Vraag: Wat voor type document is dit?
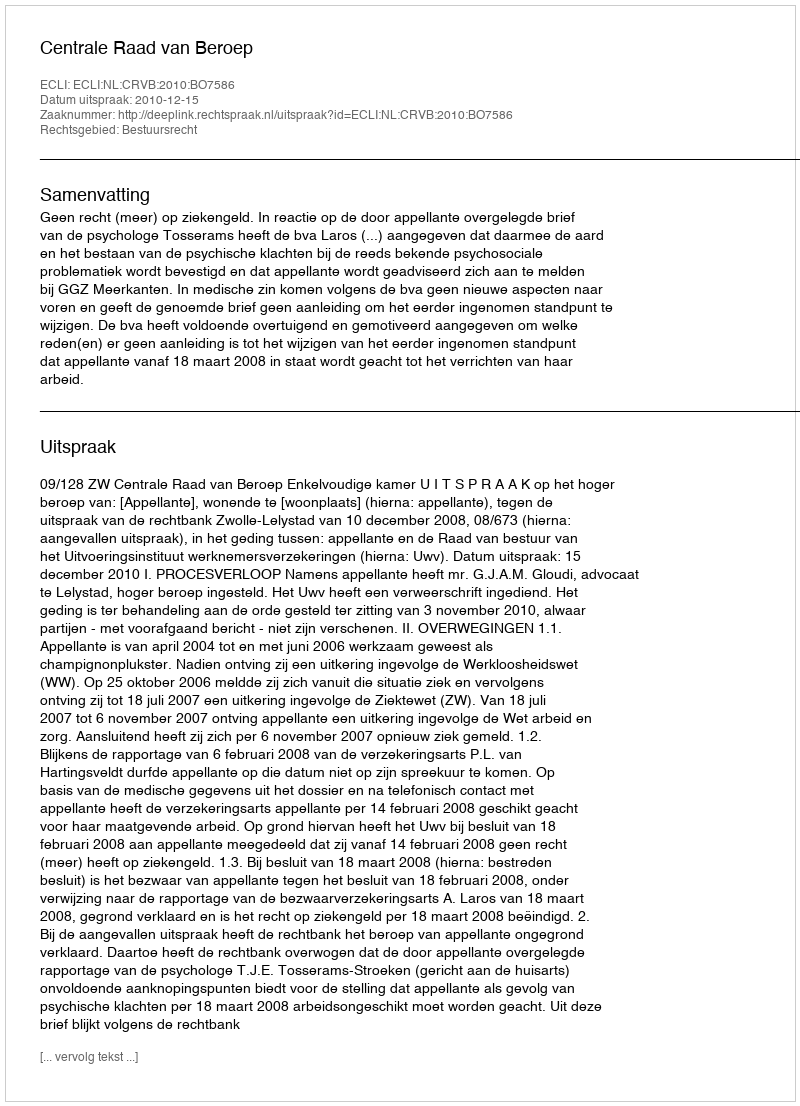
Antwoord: Uitspraak